Indian journal of veterinary science and animal husbandry - Volume 7,
Year: 1937
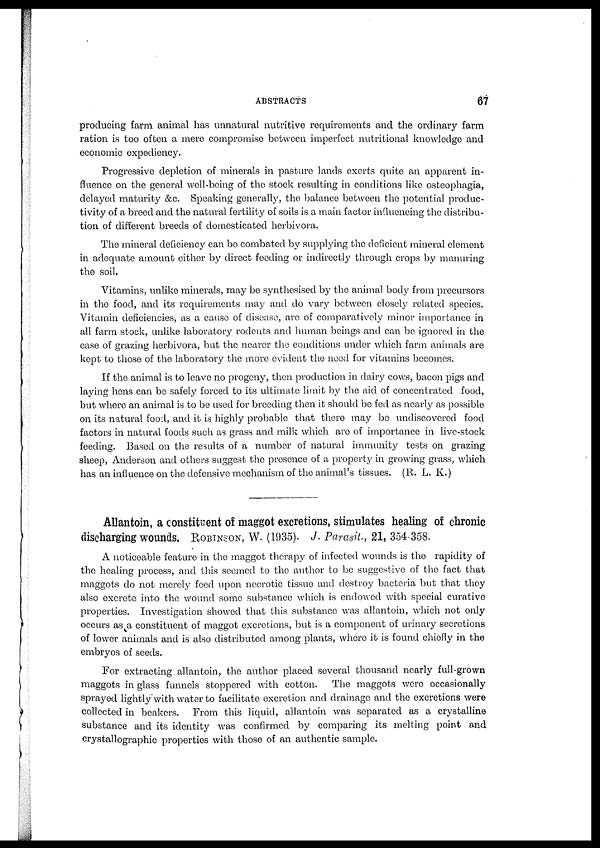
ABSTRACTS
67
producing farm animal has unnatural nutritive requirements and the ordinary farm
ration is too often a mere compromise between imperfect nutritional knowledge and
economic expediency.
Progressive depletion of minerals in pasture lands exerts quite an apparent in-
fluence on the general well-being of the stock resulting in conditions like osteophagia,
delayed maturity &c. Speaking generally, the balance between the potential produc-
tivity of a breed and the natural fertility of soils is a main factor influencing the distribu-
tion of different breeds of domesticated herbivora.
The mineral deficiency can be combated by supplying the deficient mineral element
in adequate amount either by direct feeding or indirectly through crops by manuring
the soil.
Vitamins, unlike minerals, may be synthesised by the animal body from precursors
in the food, and its requirements may and do vary between closely related species.
Vitamin deficiencies, as a cause of disease, are of comparatively minor importance in
all farm stock, unlike laboratory rodents and human beings and can be ignored in the
case of grazing herbivora, but the nearer the conditions under which farm animals are
kept to those of the laboratory the more evident the need for vitamins becomes.
If the animal is to leave no progeny, then production in dairy cows, bacon pigs and
laying hens can be safely forced to its ultimate limit by the aid of concentrated food,
but where an animal is to be used for breeding then it should be fed as nearly as possible
on its natural food, and it is highly probable that there may be undiscovered food
factors in natural foods such as grass and milk which are of importance in live-stock
feeding. Based on the results of a number of natural immunity tests on grazing
sheep, Anderson and others suggest the presence of a property in growing grass, which
has an influence on the defensive mechanism of the animal's tissues. (R. L. K.)
Allantoin, a constituent of maggot excretions, stimulates healing of chronic
discharging wounds. ROBINSON, W. (1935). J. Parasit., 21, 354-358.
A noticeable feature in the maggot therapy of infected wounds is the rapidity of
the healing process, and this seemed to the author to be suggestive of the fact that
maggots do not merely feed upon necrotic tissue and destroy bacteria but that they
also excrete into the wound some substance which is endowed with special curative
properties. Investigation showed that this substance was allantoin, which not only
occurs as a constituent of maggot excretions, but is a component of urinary secretions
of lower animals and is also distributed among plants, where it is found chiefly in the
embryos of seeds.
For extracting allantoin, the author placed several thousand nearly full-grown
maggots in glass funnels stoppered with cotton.
The maggots were occasionally
sprayed lightly with water to facilitate excretion and drainage and the excretions were
collected in beakers. From this liquid, allantoin was separated as a crystalline
substance and its identity was confirmed by comparing its melting point and
crystallographic properties with those of an authentic sample.